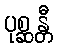
ပုစ္ဆန္တီ